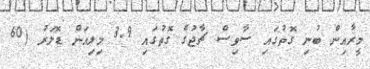
މީރާއިން ބުނި ގޮތުގައި ސާވިސް ޗާޖުގެ ގޮތުގައި 3.9 މިލިއަން ޑޮލަރު (60